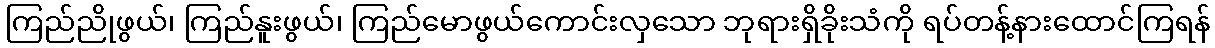
ကြည်ညိုဖွယ်၊ ကြည်နူးဖွယ်၊ ကြည်မောဖွယ်ကောင်းလှသော ဘုရားရှိခိုးသံကို ရပ်တန့်နားထောင်ကြရန်